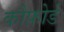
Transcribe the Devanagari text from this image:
कौफ़ोर्ड